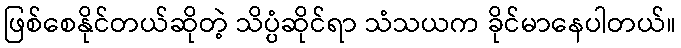
ဖြစ်စေနိုင်တယ်ဆိုတဲ့ သိပ္ပံဆိုင်ရာ သံသယက ခိုင်မာနေပါတယ်။